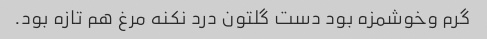
گرم وخوشمزه بود دست گلتون درد نکنه مرغ هم تازه بود.